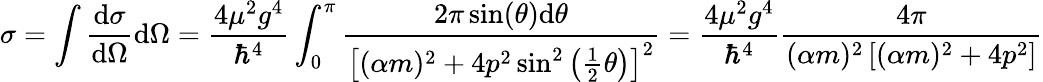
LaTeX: \sigma=\int{\frac{\mathrm{d}\sigma}{\mathrm{d}\Omega}}\mathrm{d}\Omega={\frac{4\mu^{2}g^{4}}{\hbar^{4}}}\int_{0}^{\pi}{\frac{2\pi\sin(\theta)\mathrm{d}\theta}{\left[(\alpha m)^{2}+4p^{2}\sin^{2}\left({\frac{1}{2}}\theta\right)\right]^{2}}}={\frac{4\mu^{2}g^{4}}{\hbar^{4}}}{\frac{4\pi}{(\alpha m)^{2}\left[(\alpha m)^{2}+4p^{2}\right]}}